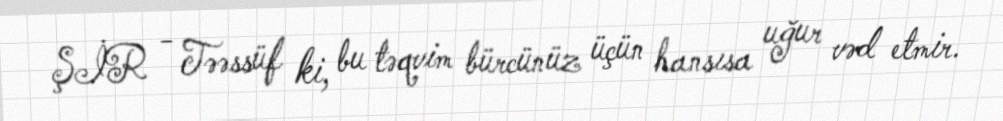
ŞİR - Təəssüf ki, bu təqvim bürcünüz üçün hansısa uğur vəd etmir.